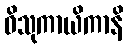
ဝိသုကာယိကာနိ